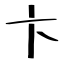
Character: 卞